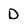
Character: D